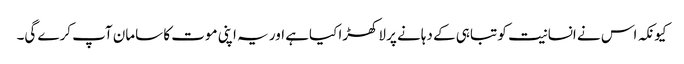
کیونکہ اس نے انسانیت کو تباہی کے دہانے پر لاکھڑا کیاہے اور یہ اپنی موت کا سامان آپ کرے گی۔